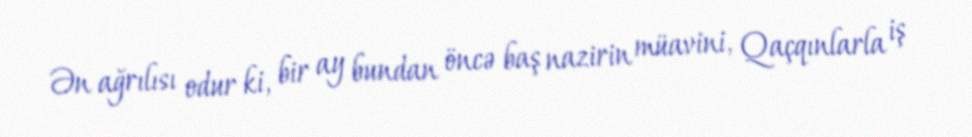
Ən ağrılısı odur ki, bir ay bundan öncə baş nazirin müavini, Qaçqınlarla iş